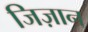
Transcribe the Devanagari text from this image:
जिज़ान